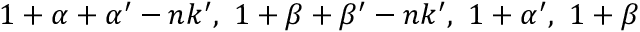
1 + \alpha + \alpha ^ { \prime } - n k ^ { \prime } , ~ 1 + \beta + \beta ^ { \prime } - n k ^ { \prime } , ~ 1 + \alpha ^ { \prime } , ~ 1 + \beta